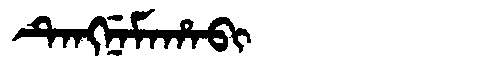
Manchu: ᡨᡝᠩᠨᡝᠮᠠᡥᠠᠪᡳ
Romanization: TENGNEMAHABI